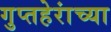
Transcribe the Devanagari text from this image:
गुप्तहेरांच्या